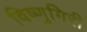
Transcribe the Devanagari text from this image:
विष्णुगिरी